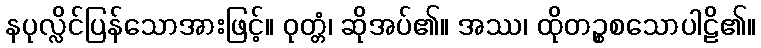
နပုလ္လိင်ပြန်သောအားဖြင့်။ ဝုတ္တံ၊ ဆိုအပ်၏။ အဿ၊ ထိုတဉ္စစသောပါဠိ၏။